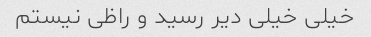
خیلی خیلی دیر رسید و راظی نیستم